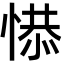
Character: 𢞺